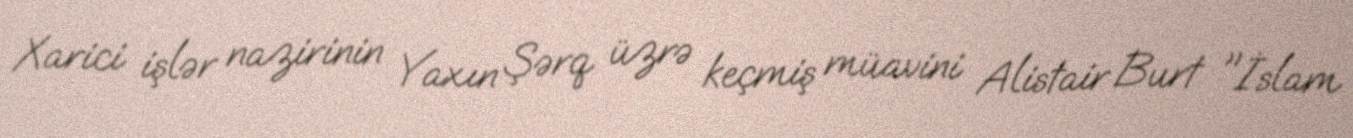
Xarici işlər nazirinin Yaxın Şərq üzrə keçmiş müavini Alistair Burt "İslam